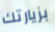
بزيارتك